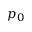
p _ { 0 }